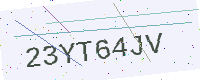
Text: 23YT64JV